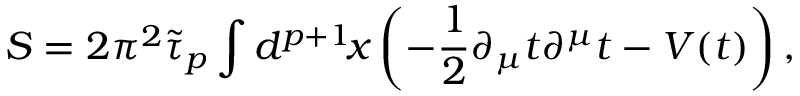
S = 2 \pi ^ { 2 } \tilde { \tau } _ { p } \int d ^ { p + 1 } \! x \left( - \frac { 1 } { 2 } \partial _ { \mu } t \partial ^ { \mu } t - V ( t ) \right) ,